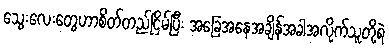
သွေးလေးတွေဟာစိတ်တည်ငြိမ်ပြီး အခြေအနေအချိန်အခါအလိုက်သူတို့ရဲ